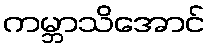
ကမ္ဘာသိအောင်